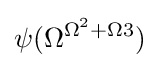
\psi (\Omega ^{\Omega ^{2}+\Omega 3})